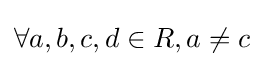
\forall a,b,c,d\in R,a\neq c